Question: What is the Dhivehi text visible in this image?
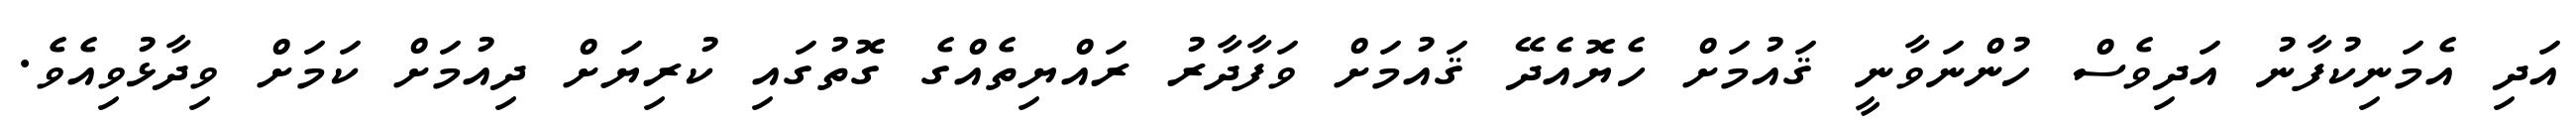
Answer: އަދި އެމަނިކުފާނު އަދިވެސް ހުންނަވާނީ ޤައުމަށް ހެޔޮއެދޭ ޤައުމަށް ވަފާދާރު ރައްޔިތެއްގެ ގޮތުގައި ކުރިޔަށް ދިއުމަށް ކަމަށް ވިދާޅުވިއެވެ.